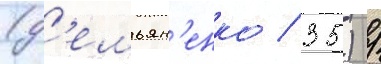
(д'емьян'енко / 35) /